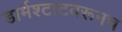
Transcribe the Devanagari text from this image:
डार्मश्टाटवरूनच